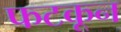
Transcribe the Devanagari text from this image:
फटकून